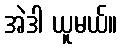
အဲဒါ ယူမယ်။